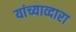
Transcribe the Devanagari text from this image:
यांच्याव्दारा